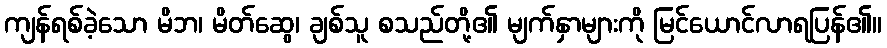
ကျန်ရစ်ခဲ့သော မိဘ၊ မိတ်ဆွေ၊ ချစ်သူ စသည်တို့၏ မျက်နှာများကို မြင်ယောင်လာရပြန်၏။